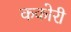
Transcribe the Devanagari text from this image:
ककोरी